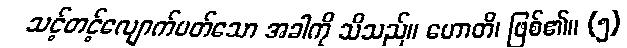
သင့်တင့်လျောက်ပတ်သော အခါကို သိသည်။ ဟောတိ၊ ဖြစ်၏။ (၅)